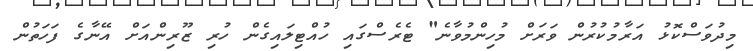
މިދުވަސްކޮޅު އަރާމުކުރުން ވަރަށް މުހިންމުވާނެ" ޓެރެސްގައި ހުއްޓިލައިގެން ހުރި ޒޫރިންއަށް އޭނާގެ ފަހަތުން